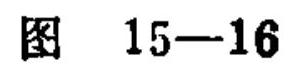
图 15—16